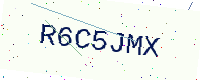
Text: R6C5JMX